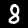
Label: 8